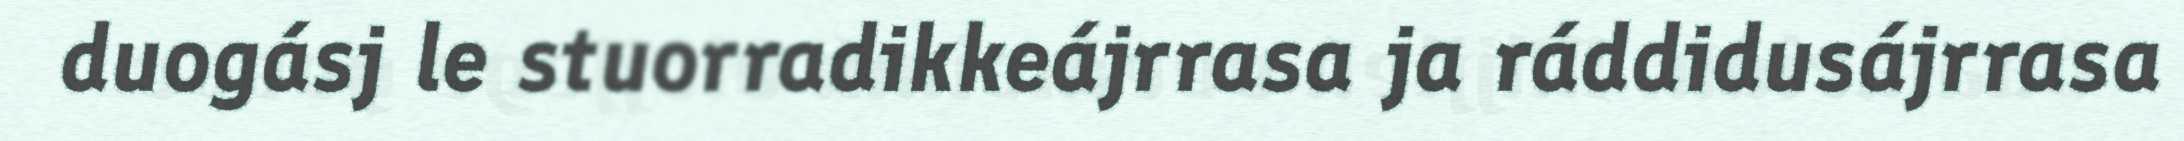
duogásj le stuorradikkeájrrasa ja ráddidusájrrasa